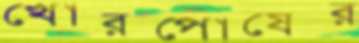
খোরপোষের